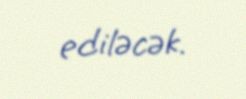
ediləcək.